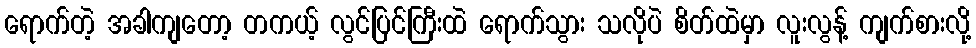
ရောက်တဲ့ အခါကျတော့ တကယ့် လွင်ပြင်ကြီးထဲ ရောက်သွား သလိုပဲ စိတ်ထဲမှာ လူးလွန့် ကျက်စားလို့